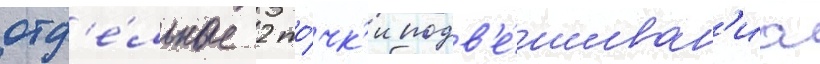
отд'е́льные 2 то́чк'и подв'е́шиван'иа